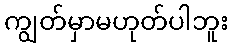
ကျွတ်မှာမဟုတ်ပါဘူး